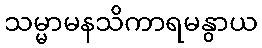
သမ္မာမနသိကာရမနွာယ